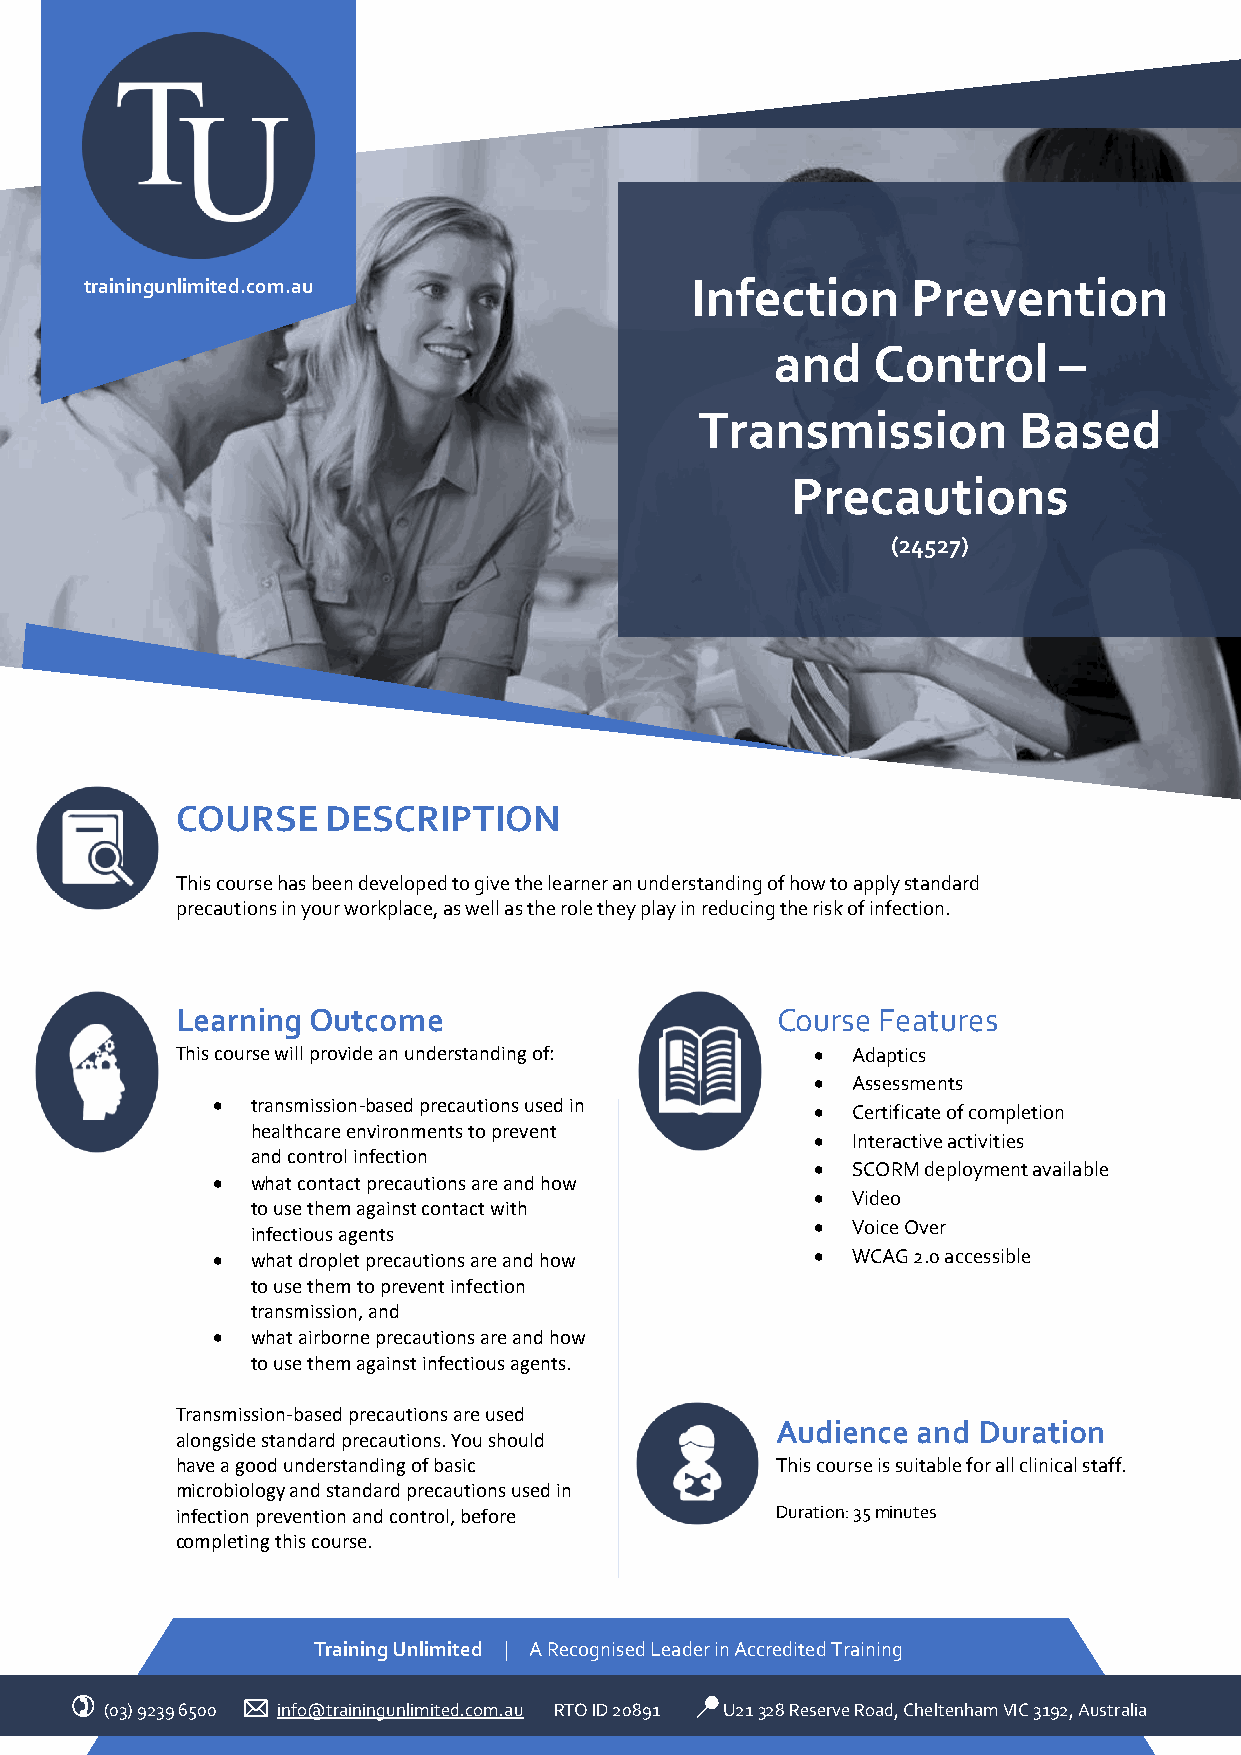
trainingunlimited.com.au                Infection     Prevention
 and    Control     –
 Transmission         Based
 Precautions
 (24527)
 COURSE    DESCRIPTION
 This course has been developed to give the learner an understanding of how to apply standard
 precautions in your workplace, as well as the role they play in reducing the risk of infection.
 Learning Outcome                       Course Features
 This course will provide an understanding of: • Adaptics
 • Assessments
 •  transmission-based precautions used in • Certificate of completion
 healthcare environments to prevent
 • Interactive activities
 and control infection
 • SCORM deployment available
 •  what contact precautions are and how
 • Video
 to use them against contact with
 • Voice Over
 infectious agents
 •  what droplet precautions are and how • WCAG 2.0 accessible
 to use them to prevent infection
 transmission, and
 •  what airborne precautions are and how
 to use them against infectious agents.
 Transmission-based precautions are used
 Audience  and Duration
 alongside standard precautions. You should
 have a good understanding of basic     This course is suitable for all clinical staff.
 microbiology and standard precautions used in
 infection prevention and control, before Duration: 35 minutes
 completing this course.
 Training Unlimited | A Recognised Leader in Accredited Training
  (03) 9239 6500  info@trainingunlimited.com.au RTO ID 20891 📍 U21 328 Reserve Road, Cheltenham VIC 3192, Australia